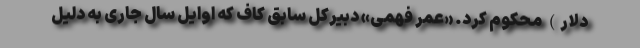
دلار) محکوم کرد. «عمر فهمی» دبیرکل سابق کاف که اوایل سال جاری به دلیل